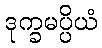
ဒုက္ခမပ္ပိယံ